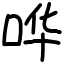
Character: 哗